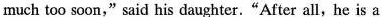
much too soon," said his daughter."After all,he is a